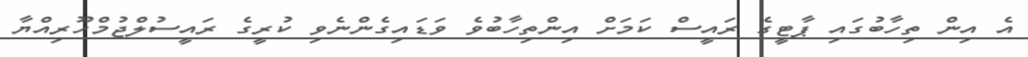
އެ އިން ތިހާބުގައި ޕާޓީގެ ރައީސް ކަމަށް އިންތިހާބުވެ ވަޑައިގެންނެވި ކުރީގެ ރައީސުލްޖުމްހޫރިއްޔާ